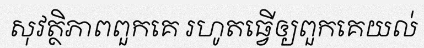
សុវត្ថិភាពពួកគេ រហូតធ្វើឲ្យពួកគេយល់